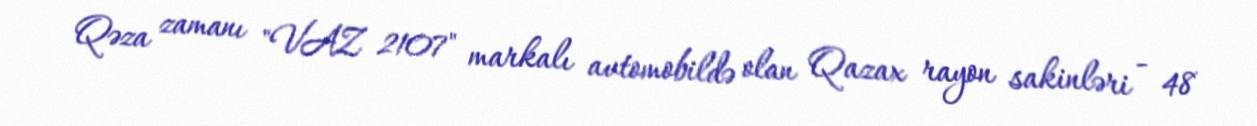
Qəza zamanı "VAZ 2107" markalı avtomobildə olan Qazax rayon sakinləri - 48